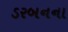
ડરબનના